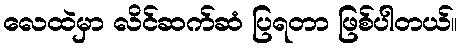
လေထဲမှာ လိင်ဆက်ဆံ ပြရတာ ဖြစ်ပါတယ်။